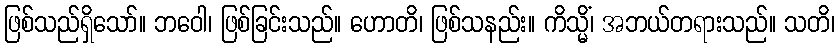
ဖြစ်သည်ရှိသော်။ ဘဝေါ၊ ဖြစ်ခြင်းသည်။ ဟောတိ၊ ဖြစ်သနည်း။ ကိသ္မိံ၊ အဘယ်တရားသည်။ သတိ၊